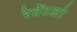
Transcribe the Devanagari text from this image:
रेवेंटलो